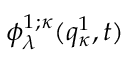
\phi _ { \lambda } ^ { 1 ; \kappa } ( q _ { \kappa } ^ { 1 } , t )